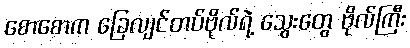
စောစောက ခြေလျင်တပ်ဗိုလ်ရဲ့ သွေးတွေ ဗိုလ်ကြီး